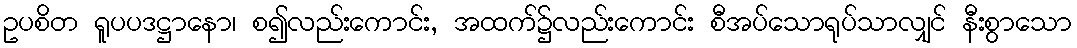
ဥပစိတ ရူပပဒဋ္ဌာနော၊ စ၍လည်းကောင်း, အထက်၌လည်းကောင်း စီအပ်သောရုပ်သာလျှင် နီးစွာသော